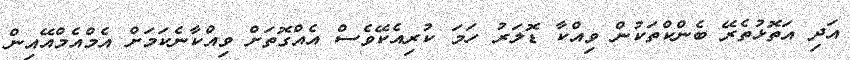
އަދި އަތޮޅުތެރޭ ބެންކްތަކުން ވިއްކާ ޑޮލަރު ހަމަ ކުރިއެކޭވެސް އެއްގޮތަށް ވިއްކާނެކަމަށް އެމްއެމްއޭއިން